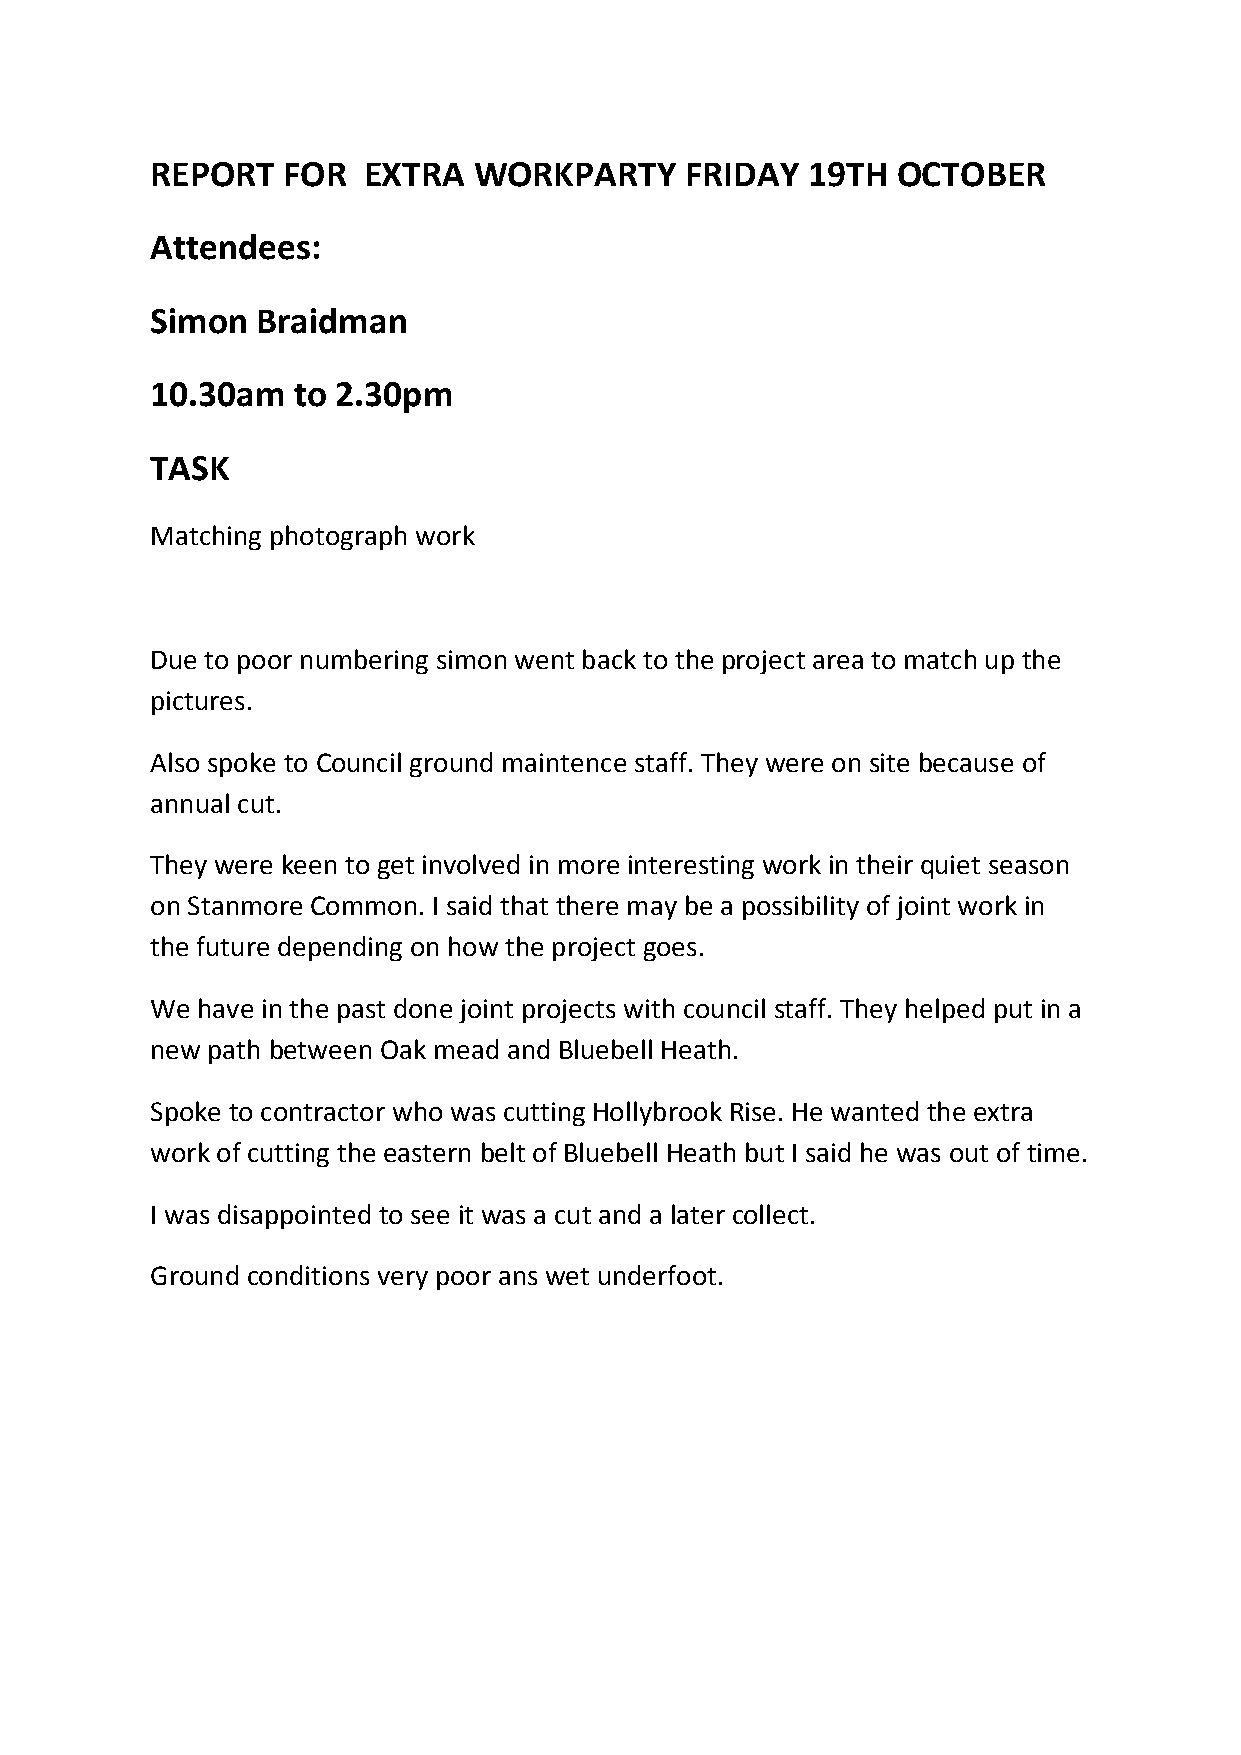
REPORT   FOR  EXTRA  WORKPARTY     FRIDAY  19TH  OCTOBER
 Attendees:
 Simon  Braidman
 10.30am  to 2.30pm
 TASK
 Matching photograph work
 Due to poor numbering simon went back to the project area to match up the
 pictures.
 Also spoke to Council ground maintence staff. They were on site because of
 annual cut.
 They were keen to get involved in more interesting work in their quiet season
 on Stanmore Common. I said that there may be a possibility of joint work in
 the future depending on how the project goes.
 We have in the past done joint projects with council staff. They helped put in a
 new path between Oak mead and Bluebell Heath.
 Spoke to contractor who was cutting Hollybrook Rise. He wanted the extra
 work of cutting the eastern belt of Bluebell Heath but I said he was out of time.
 I was disappointed to see it was a cut and a later collect.
 Ground conditions very poor ans wet underfoot.